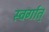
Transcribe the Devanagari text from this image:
स्वर्गात्